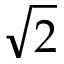
\sqrt { 2 }